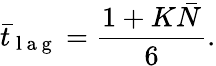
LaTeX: {}{{\bar{t}}_{\mathrm{~l~a~g~}}}=\frac{1+K\bar{N}}{6}.